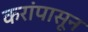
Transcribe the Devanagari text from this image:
करांपासून